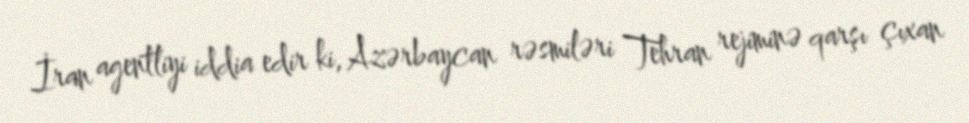
İran agentliyi iddia edir ki, Azərbaycan rəsmiləri Tehran rejiminə qarşı çıxan